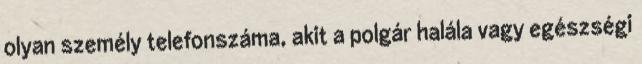
olyan személy telefonszáma, akit a polgár halála vagy egészségi